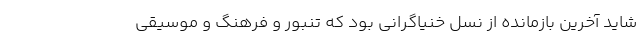
شاید آخرین بازمانده از نسل خنیاگرانی بود که تنبور و فرهنگ و موسیقی